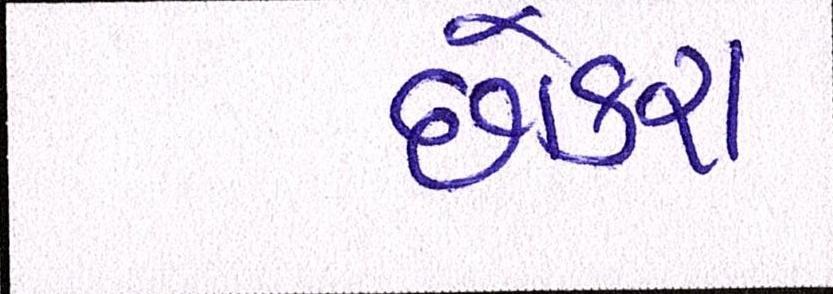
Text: છોકરા